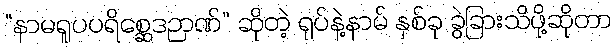
“နာမရူပပရိစ္ဆေဒဉာဏ်” ဆိုတဲ့ ရုပ်နဲ့နာမ် နှစ်ခု ခွဲခြားသိဖို့ဆိုတာ